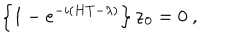
\left\{ 1 - e ^ { - i \left( H T - \lambda \right) } \right\} { \bf z } _ { 0 } = 0 \ ,